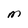
Character: M